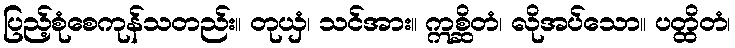
ပြည့်စုံစေကုန်သတည်း။ တုယှံ၊ သင်အား။ ဣစ္ဆိတံ၊ လိုအပ်သော။ ပတ္ထိတံ၊